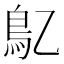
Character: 鳦